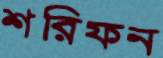
শরিফন